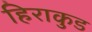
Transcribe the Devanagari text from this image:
हिराकुड